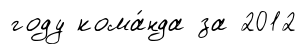
году кома́нда за 2012